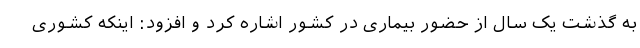
به گذشت یک سال از حضور بیماری در کشور اشاره کرد و افزود: اینکه کشوری